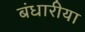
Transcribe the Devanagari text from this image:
बंधारीया